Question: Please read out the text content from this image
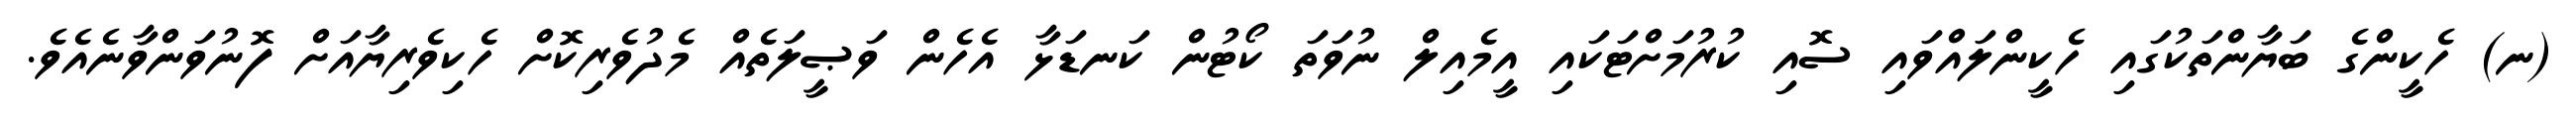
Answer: (ނ) ހެކީންގެ ބަޔާންތަކުގައި ހެކީންލައްވައި ސޮއި ކުރުމަށްޓަކައި އީމެއިލް ނުވަތަ ކޯޓުން ކަނޑަޅާ އެހެން ވަޞީލަތެއް މެދުވެރިކޮށް ހެކިވެރިޔާއަށް ފޮނުވަންވާނެއެވެ.